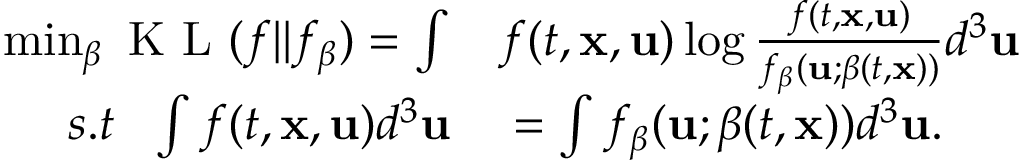
\begin{array} { r l } { \operatorname* { m i n } _ { \boldsymbol { \beta } } \mathrm { ~ K ~ L ~ } ( f \| f _ { \boldsymbol { \beta } } ) = \int } & { { } f ( t , \mathbf { x } , \mathbf { u } ) \log \frac { f ( t , \mathbf { x } , \mathbf { u } ) } { f _ { \boldsymbol { \beta } } ( \mathbf { u } ; \boldsymbol { \beta } ( t , \mathbf { x } ) ) } d ^ { 3 } \mathbf { u } } \\ { s . t \ \ \int f ( t , \mathbf { x } , \mathbf { u } ) d ^ { 3 } \mathbf { u } } & { { } = \int f _ { \boldsymbol { \beta } } ( \mathbf { u } ; \boldsymbol { \beta } ( t , \mathbf { x } ) ) d ^ { 3 } \mathbf { u } . } \end{array}